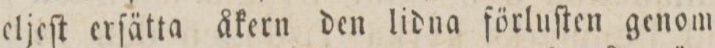
eljeſt erſätta åkern den lidna förluſten genom